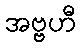
အဗ္ဗဟီ